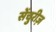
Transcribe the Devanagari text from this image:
सेंचुरीज़